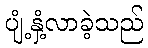
ပျံ့နှံ့လာခဲ့သည်